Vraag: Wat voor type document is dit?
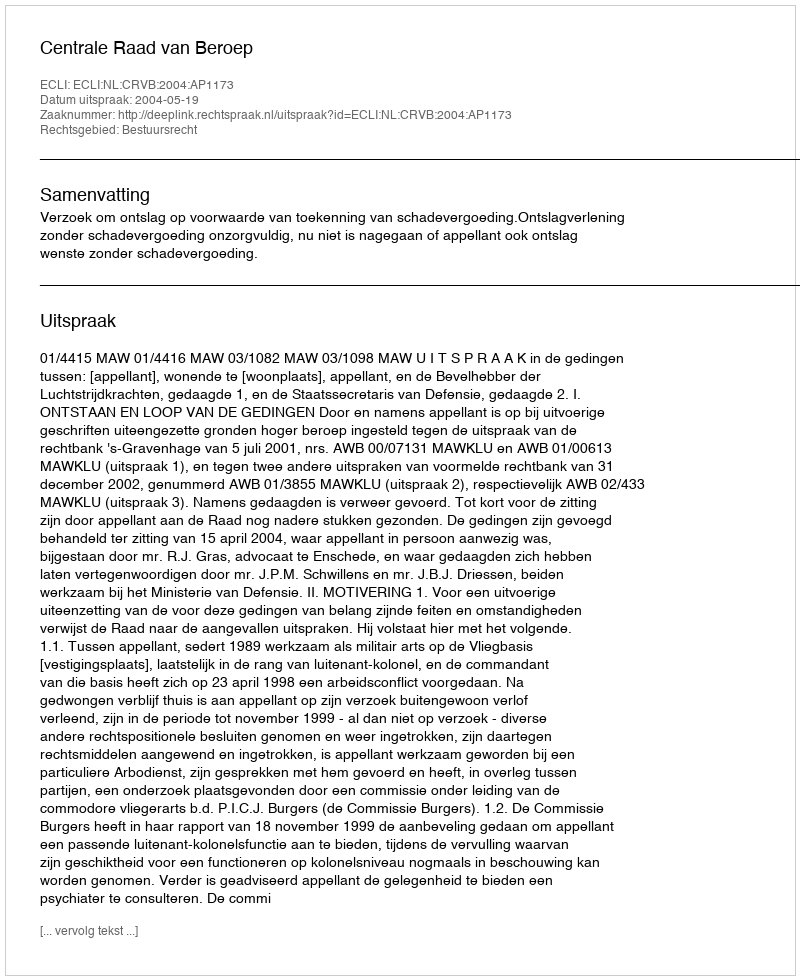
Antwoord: Uitspraak